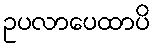
ဥပလာပေထာပိ